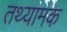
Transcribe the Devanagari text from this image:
तथ्यामक